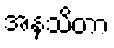
အနသိတာ